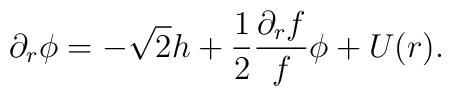
\partial_r \phi = -\sqrt2 h + {1 \over 2}{\partial_r f \over f} \phi + U(r).